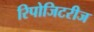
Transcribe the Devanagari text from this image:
रिपोजिटरीज